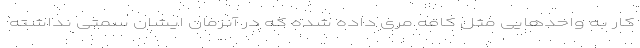
کار به واحدهایی مثل کافه مری داده شده که در آنزمان ایشان سمتی نداشته